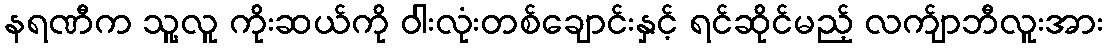
နရဏီက သူ့လူ ကိုးဆယ်ကို ဝါးလုံးတစ်ချောင်းနှင့် ရင်ဆိုင်မည့် လက်ျာဘီလူးအား